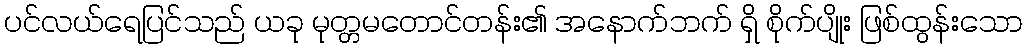
ပင်လယ်ရေပြင်သည် ယခု မုတ္တမတောင်တန်း၏ အနောက်ဘက် ရှိ စိုက်ပျိုး ဖြစ်ထွန်းသော